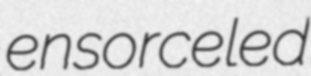
ensorceled